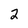
Character: 2